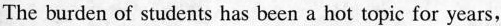
The burden of students has been a hot topic for years,